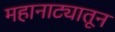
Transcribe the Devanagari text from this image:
महानाट्यातून